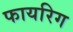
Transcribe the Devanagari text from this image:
फायरिग